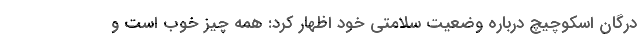
درگان اسکوچیچ درباره وضعیت سلامتی خود اظهار کرد: همه چیز خوب است و